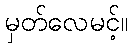
မှတ်လေမင့်။